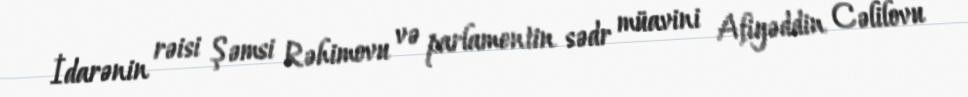
İdarənin rəisi Şəmsi Rəhimovu və parlamentin sədr müavini Afiyəddin Cəlilovu